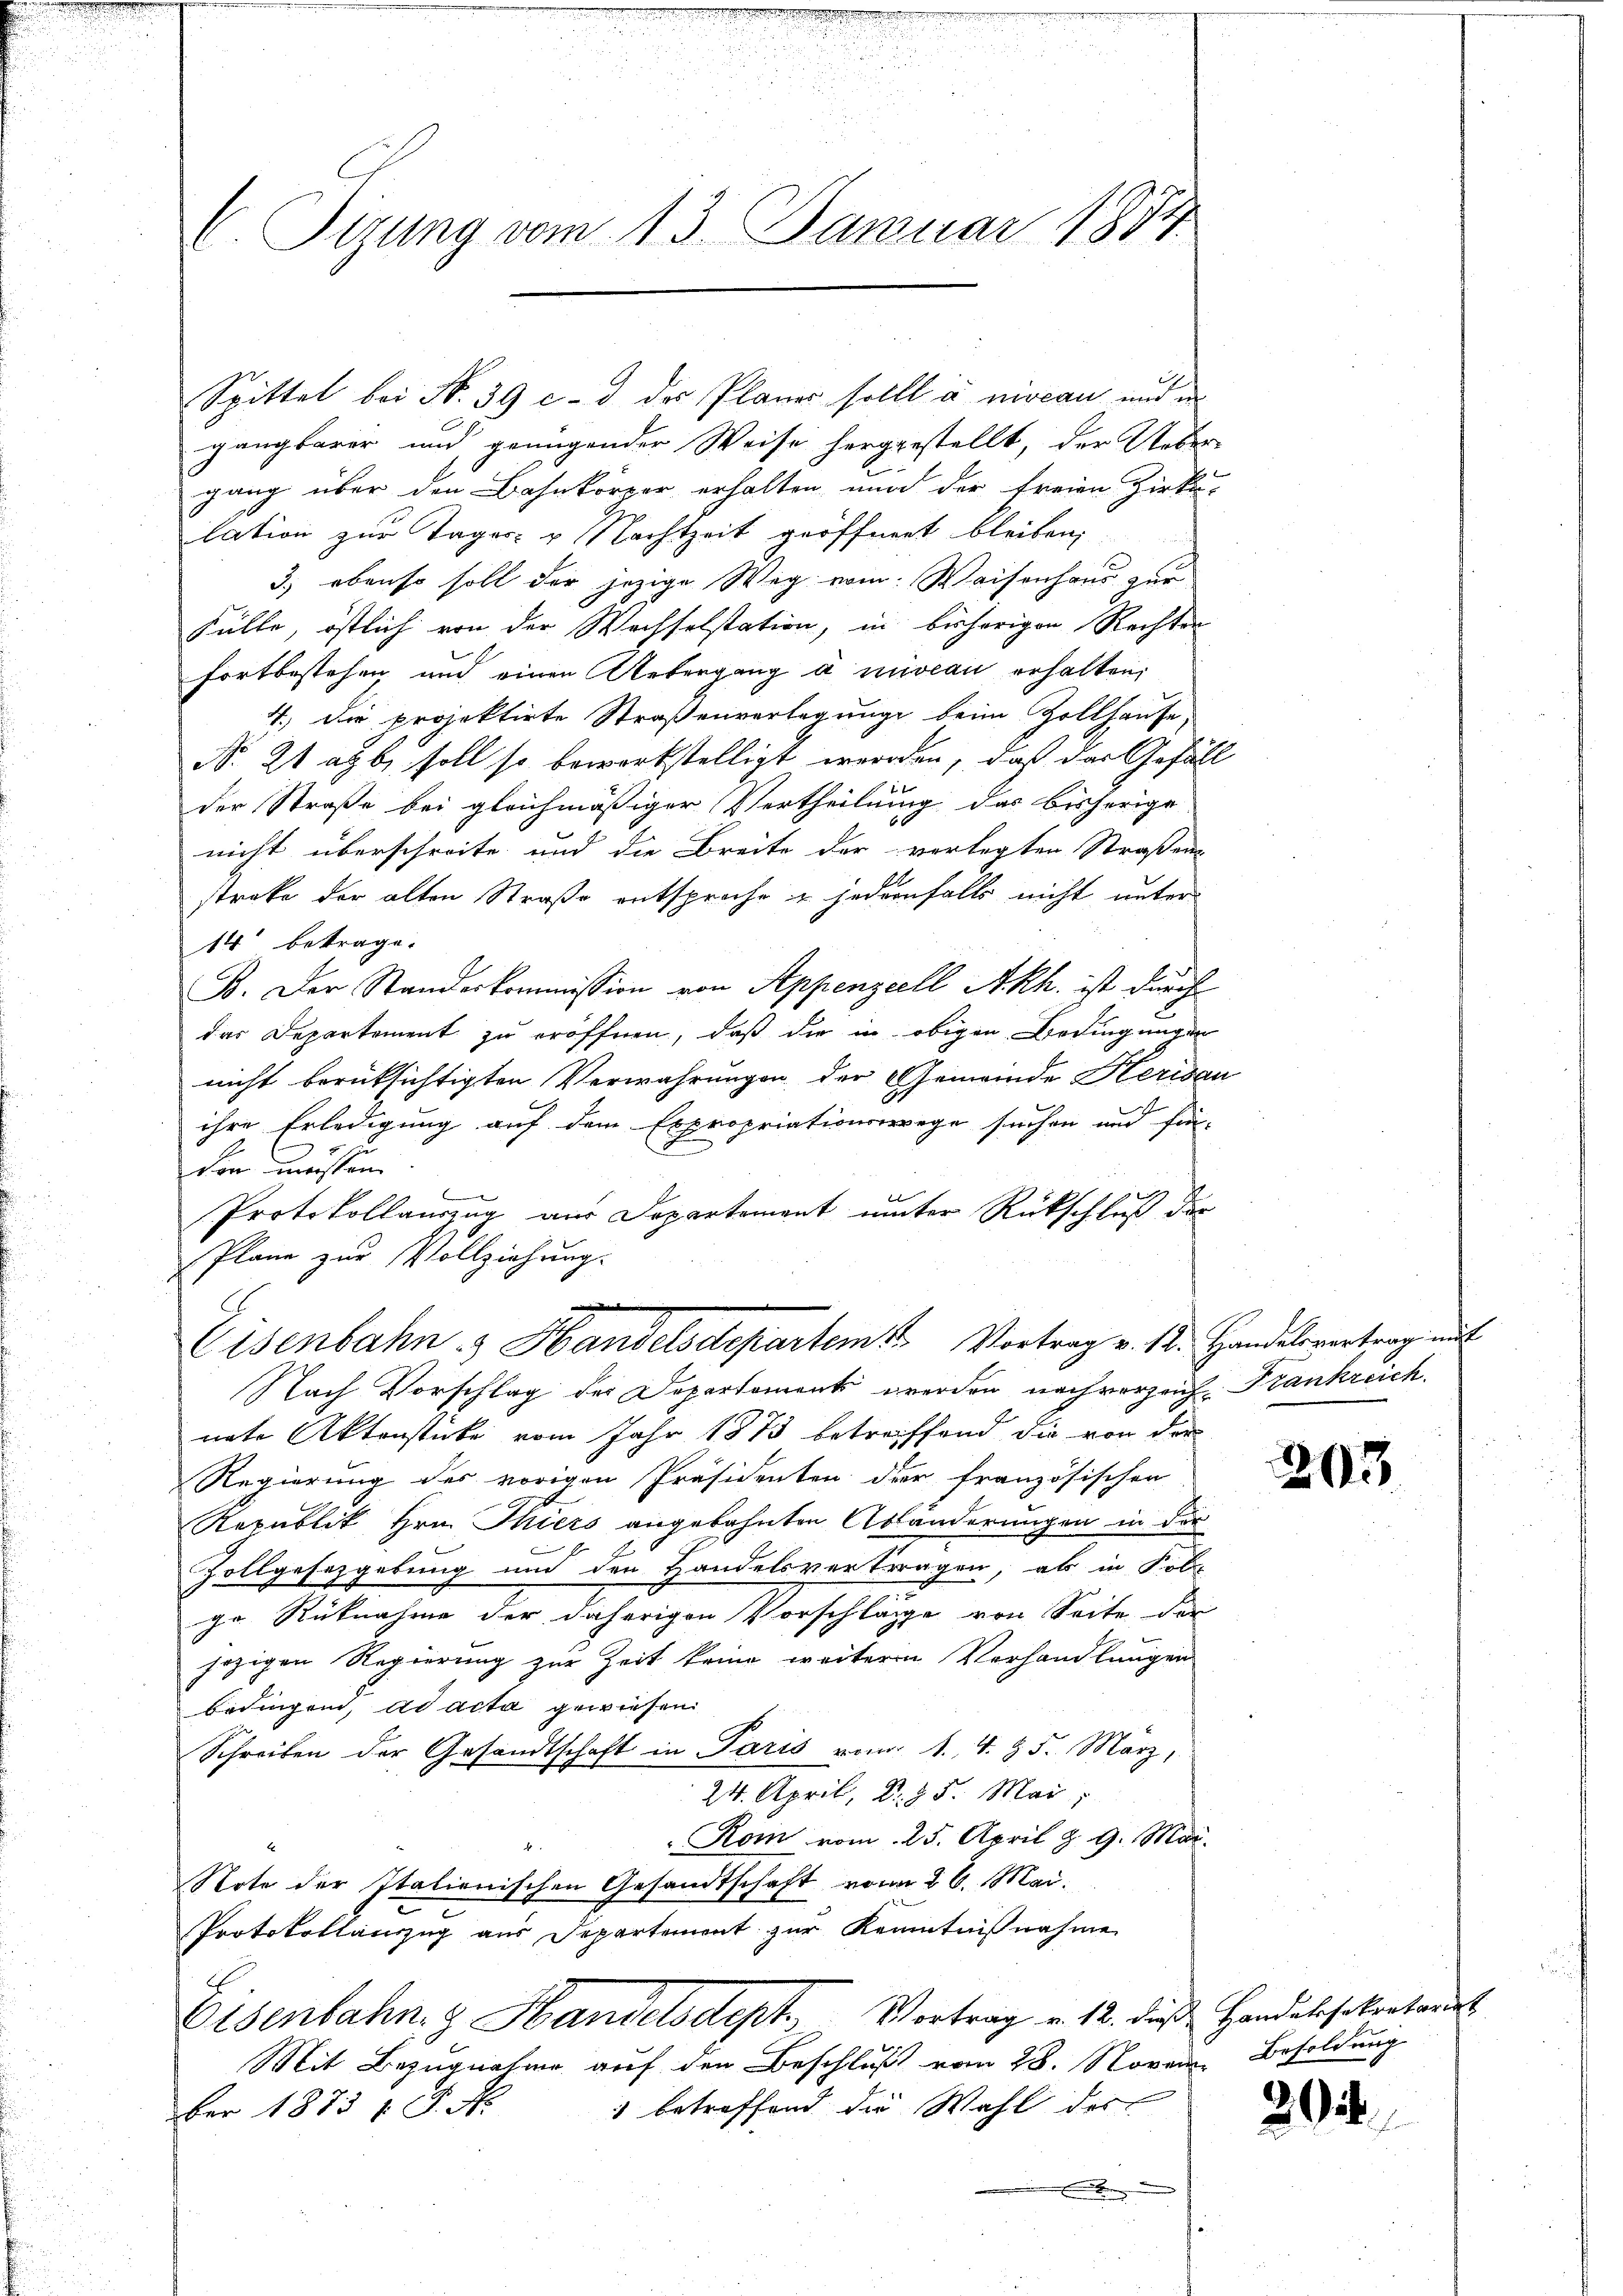
gangbarer und genügender Weise hergestellt, der Ueber-
gang über den Bahnkörper erhalten und der freien Zirk-
lation zur Tages- u. Nachtzeit geöffnent bleiben,
3.) ebenso soll der jezige Weg vom Waisenhaus zur
Fülle, östlich von der Wechselstation, in bisherigen Rechten
fortbestehen und einen Uebergang a niveau erhalten,
4.) Die projektirte Straßenverlegung beim Zollhause,
N. 21 ab. soll so bewerkstelligt werden, daß das Gefäll
der Straße bei gleichmäßiger Vertheilung das bisherige
nicht überschreite und die Breite der verlegten Straßens
streke der alten Straße entsproche in jedernfalls nicht unter
14 betrage.
B. Der Standeskommission von Appenzell Akh. ist durch
das Departement zu eröffnen, daß die in obigen Bedingungen
nicht berüksichtigten Verwahrungen der Gemeinde Heridau
ihre Erledigung auf dem Expropriationswege suchen und fin-
den müssen
Protokollauszug aus Departement unter Rückschluß der
Plane zur Vollziehung.
e
Eisenbahn - Handelsdepartem Vortrag v. 12. Handelsvertrag mit
Nach Vorschlag der Departement werden nach verzeich-Frankreich.
nete Aktenstücke vom Jahr 1873 betreiffend die von der
Regierung der vorigen Präsidenten der französischen
Republik Hrn. Thiers angebahnten Abänderungen in der
Zollgesetzgebung und den Handelsvertragen, als in Kol-
ge Rücknahme der daherigen Vorschläge von Seite der
jezigen Regierung zur Zeit keine weiteren Verhandlungen
bedingend, ad acta gewiesen
Schreiben der Gesandtschaft in Paris vom 1. 4. 95. März,
24. April, d. 25. Mai
" Rom vom 25. April & 9. Mar.
Note der Italienischen Gesandtschaft von 26. Mai.
Protokollanzug aus Departement zur Kenntnißnahme
Eisenbahn. Handelsdept. Vortrag v. 12. die Handersekretaris
Mit Bezugnahme auf den Beschluß vom 28. Noven Besoldung
 betreffend die Wahl des
ber 1873 f. d. M.
.

Spittel bei No. 39 c. d des Planes sollt à mocan und in

.
C. Tizung vom 13. Januar 1884

203

20.